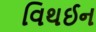
વિથઈન